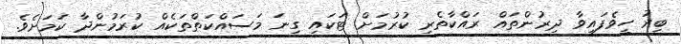
ބިރު ހީވެފައިވާ ދިރުންތައް ރައްކާތެރި ކުރުމަށް ޓަކައި ގިނަ މަސައްކަތްތަކެއް ކުރަމުންދާ ކަމަށެވެ.